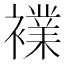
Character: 𮖷